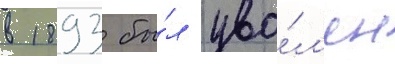
в 1893 бы́л уво́л'ен